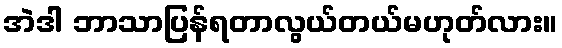
အဲဒါ ဘာသာပြန်ရတာလွယ်တယ်မဟုတ်လား။